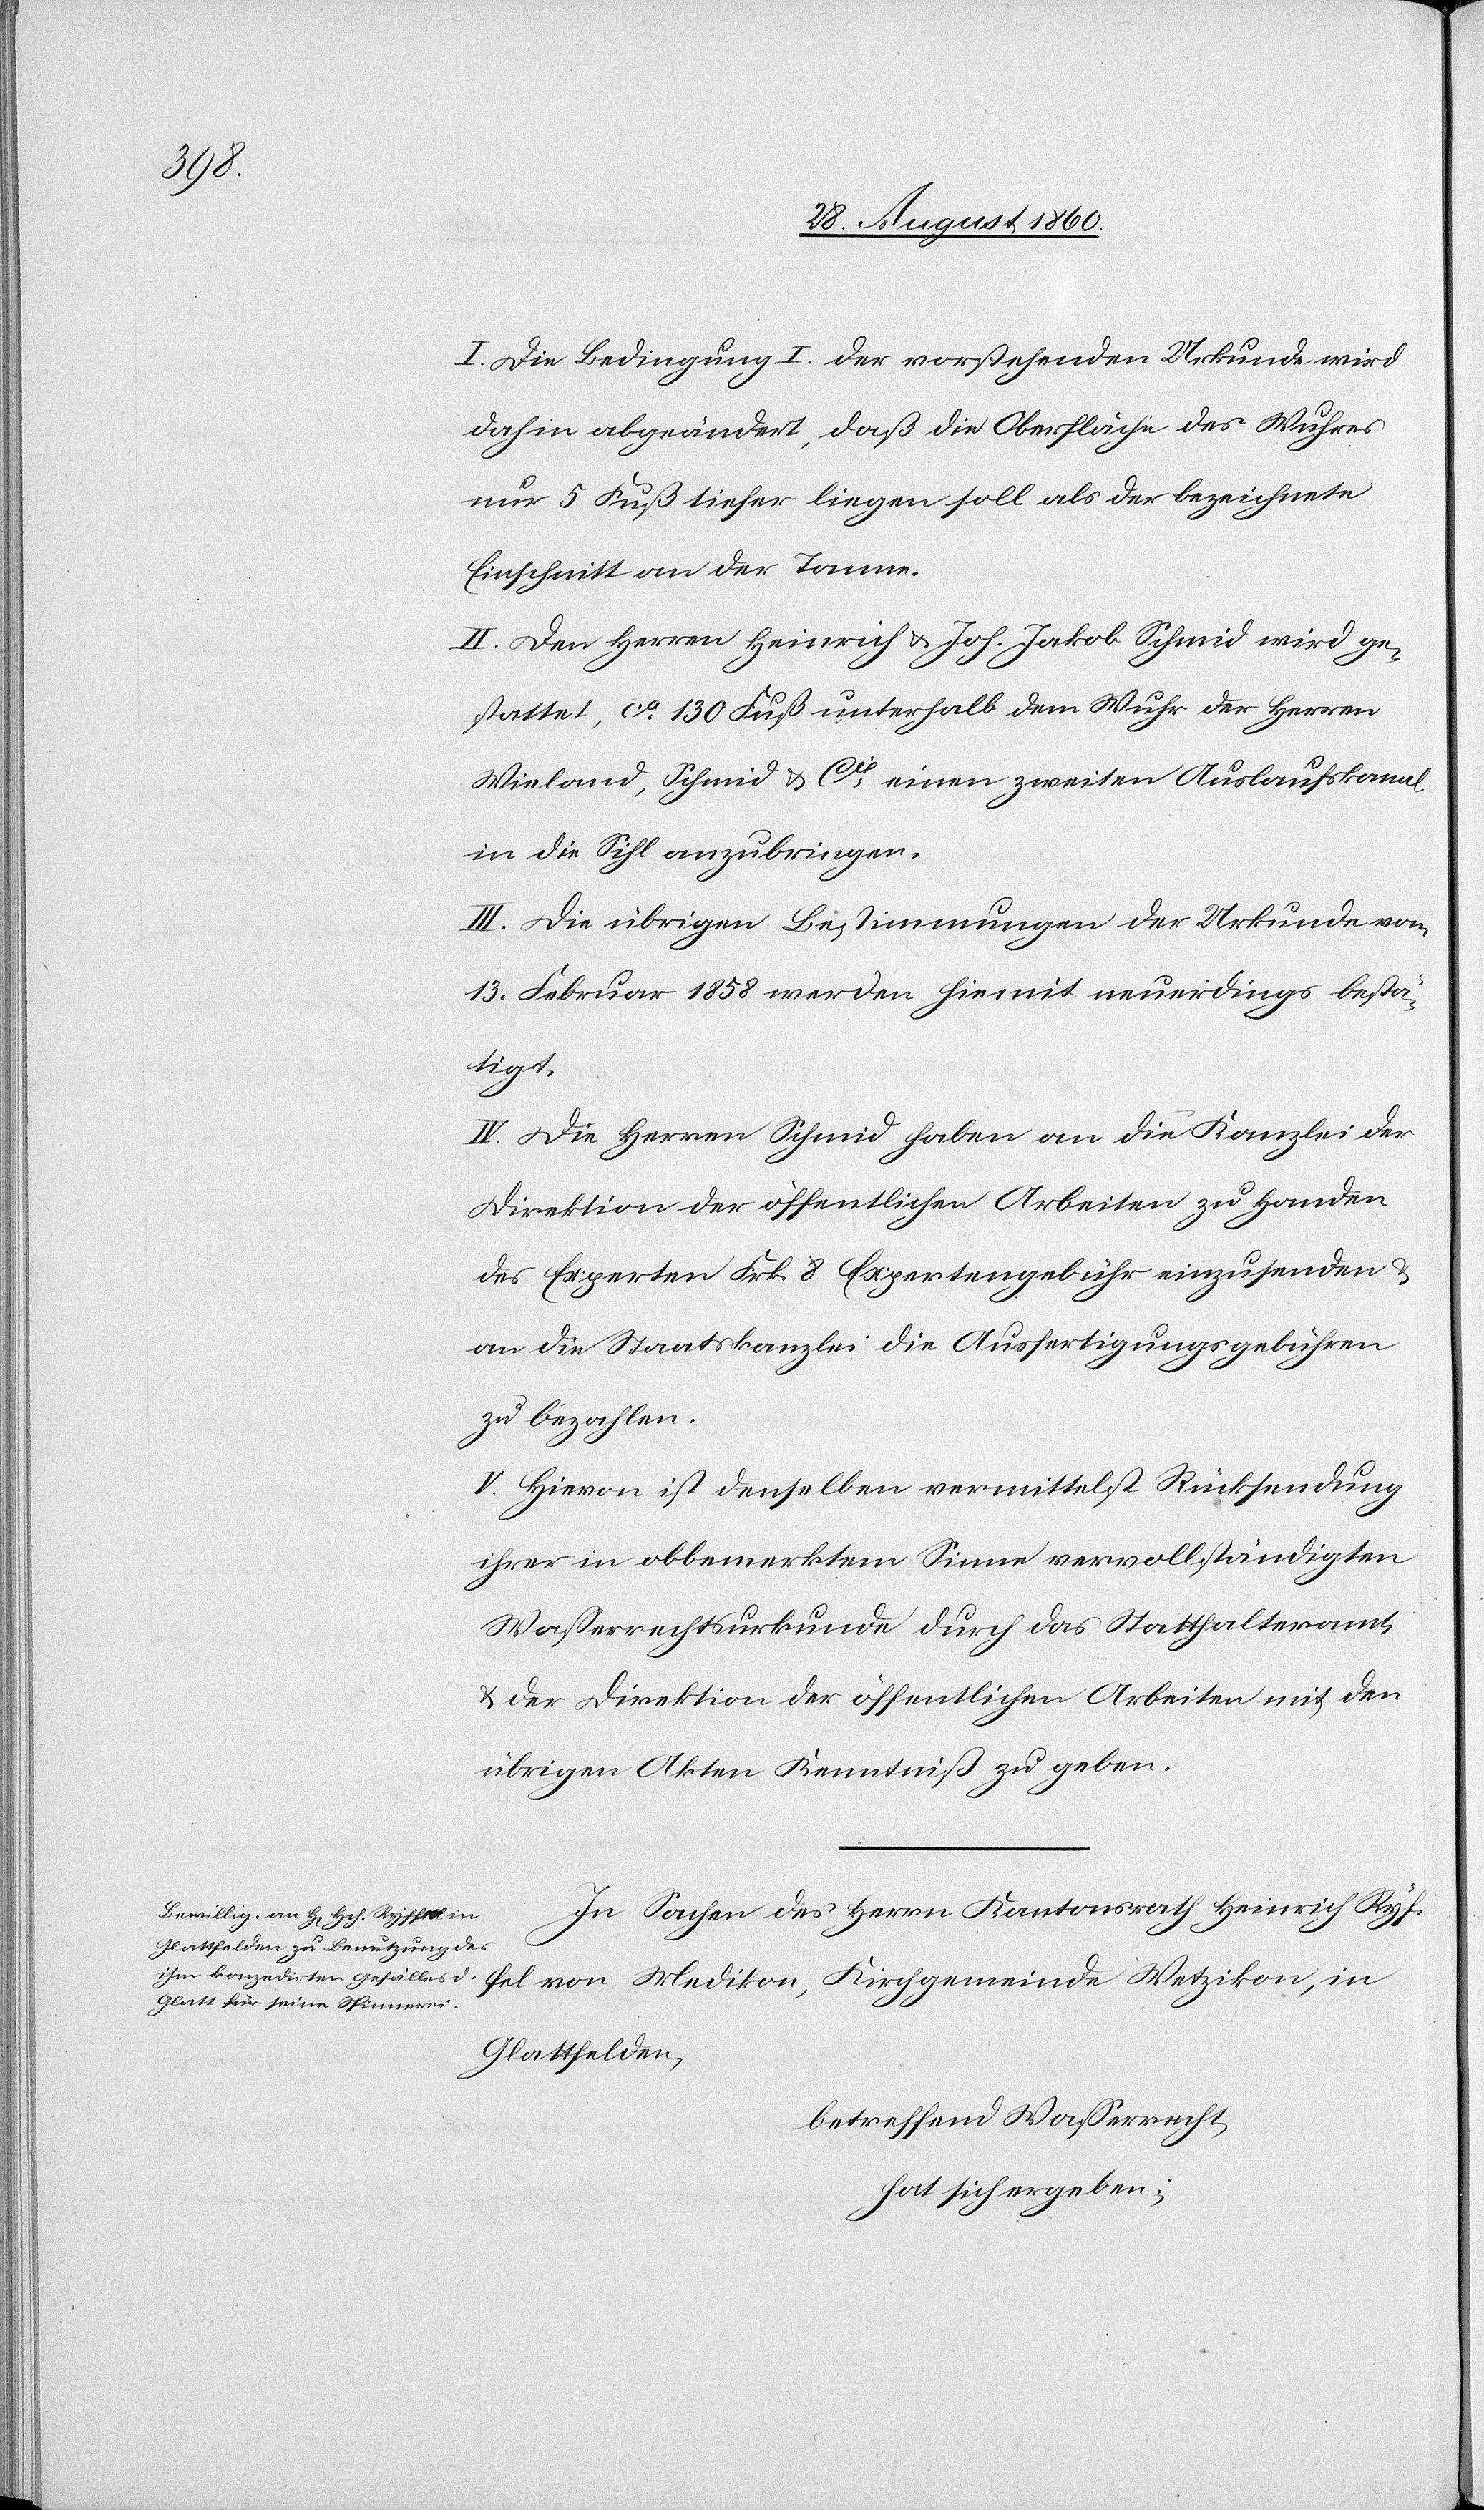
I. Die Bedingung I der vorstehenden Urkunde wird
dahin abgeändert, dass die Oberfläche des Wuhres
nur 5 Fuss tiefer liegen soll, als der bezeichnete
Einschnitt an der Tanne.
II. Den Hrn. Heinrich u. Joh. Jakob Schmid wird ge¬
stattet, ca. 130 Fuss unterhalb dem Wuhr der Hrn.
Wieland, Schmid u. Cie einen zweiten Auslaufkanal
in die Sihl anzubringen;
III. Die übrigen Bestimmungen der Urkunde vom
13. Februar 1858 werden hiermit neuerdings bestä¬
tigt.
IV. Die Herren Schmid haben an die Kanzlei der
Direktion der öffentlichen Arbeiten zu Handen
des Experten 8 Frk. Expertengebühren einzusenden, u.
an die Staatskanzlei die Ausfertigungsgebühren
zu bezahlen.
V. Hievon ist denselben vermittelst Rücksendung
ihrer in obbemerktem Sinne vervollständigten
Wasserrechturkunde durch das Statthalteramt
u. der Direktion der öffentlichen Arbeiten mit den
übrigen Akten, Kenntniss zu geben.
In Sachen des Herrn Kantonsrath Heinrich Ryf¬
fel von Medikon, Kirchgemeinde Wetzikon, in
Glattfelden
betreffend Wasserrecht,
hat sich ergeben: